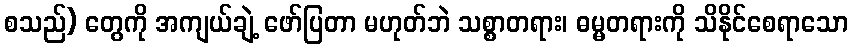
စသည်) တွေကို အကျယ်ချဲ့ ဖော်ပြတာ မဟုတ်ဘဲ သစ္စာတရား၊ ဓမ္မတရားကို သိနိုင်စေရာသော